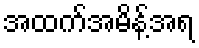
အထက်အမိန့်အရ